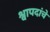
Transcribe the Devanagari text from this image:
श्वापदांचे